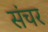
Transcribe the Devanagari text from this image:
संचर